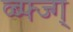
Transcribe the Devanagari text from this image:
व्ब्फ्ज्ग्